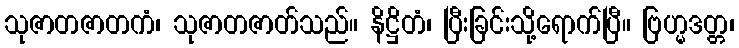
သုဇာတဇာတကံ၊ သုဇာတဇာတ်သည်။ နိဋ္ဌိတံ၊ ပြီးခြင်းသို့ရောက်ပြီ။ ဗြဟ္မဒတ္တ၊